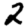
Digit: 2